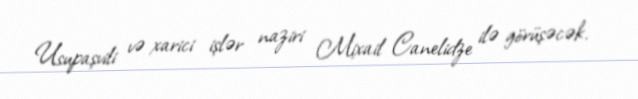
Usupaşvili və xarici işlər naziri Mixail Canelidze ilə görüşəcək.